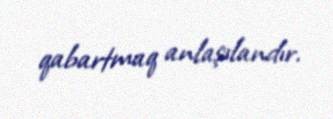
qabartmaq anlaşılandır.